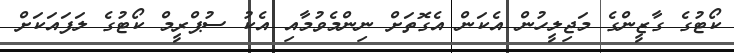
ކޯޓުގެ ގާޒީންގެ މަޖިލީހުން އެކަން އެގޮތަށް ނިންމެވުމާއި އެކު ސުޕްރީމް ކޯޓުގެ ލަފައަކަށް